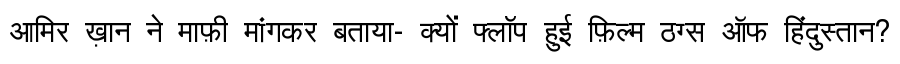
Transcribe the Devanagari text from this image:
आमिर ख़ान ने माफ़ी मांगकर बताया- क्यों फ्लॉप हुई फ़िल्म ठग्स ऑफ हिंदुस्तान?